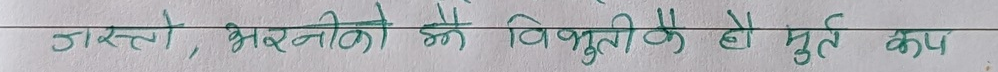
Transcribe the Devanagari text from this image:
जस्तो, भरनीको को विभुतीको हे मुर्त कप